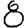
Digit: 8